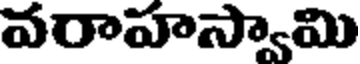
వరాహస్వామి